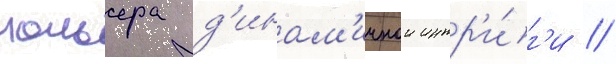
мольера д'инам'ичнои интр'и́г'и //